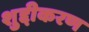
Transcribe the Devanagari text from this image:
शुद्दीकरण